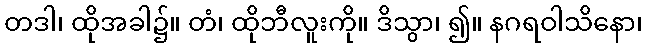
တဒါ၊ ထိုအခါ၌။ တံ၊ ထိုဘီလူးကို။ ဒိသွာ၊ ၍။ နဂရဝါသိနော၊